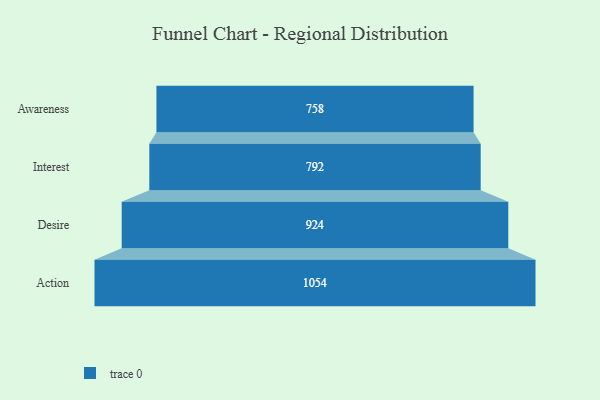
{"axis": {"x": "Stage", "y": "Value"}, "legend": [""], "data": [{"x": "Awareness", "y": 758.0, "type": ""}, {"x": "Interest", "y": 792.0, "type": ""}, {"x": "Desire", "y": 924.0, "type": ""}, {"x": "Action", "y": 1054.0, "type": ""}]}